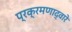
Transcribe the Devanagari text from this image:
प्रक्रमणाद्वारे